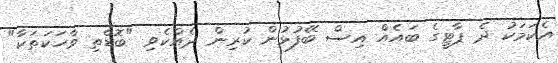
އެކަމަކު ދެ ޕާޓީގެ ބައެއް އިސް ބޭފުޅުން ކުރިން ދެއްކެވި "ބޮޑެތި ވާހަކަތަކާ"